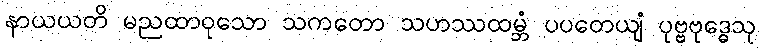
နာယယတိ မညထာဝုသော သကတော သဟဿထမ္ဘံ ပပတေယျံ ပုဗ္ဗဗုဒ္ဓေသု